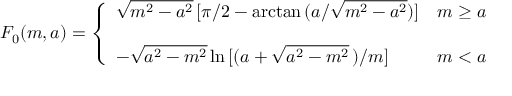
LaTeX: F _ { 0 } ( m , a ) = \left\{ \begin{array} { l l } { { \sqrt { m ^ { 2 } - a ^ { 2 } } \, [ \pi / 2 - \mathrm { a r c t a n } \, ( a / \sqrt { m ^ { 2 } - a ^ { 2 } } ) ] } } & { { m \geq a } } \\ { { } } & { { } } \\ { { - \sqrt { a ^ { 2 } - m ^ { 2 } } \, \mathrm { l n } \, [ ( a + \sqrt { a ^ { 2 } - m ^ { 2 } } \, ) / m ] } } & { { m < a } } \end{array} \right.